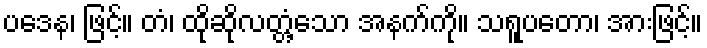
ပဒေန၊ ဖြင့်။ တံ၊ ထိုဆိုလတ္တံ့သော အနက်ကို။ သရူပတော၊ အားဖြင့်။